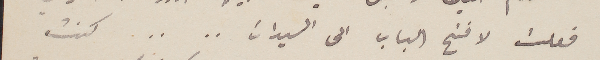
فعلت لافتح الباب الى السيدات .. .. كنت